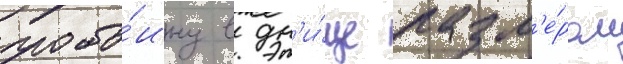
пробо́ину в дн'и́ще разм'е́ром